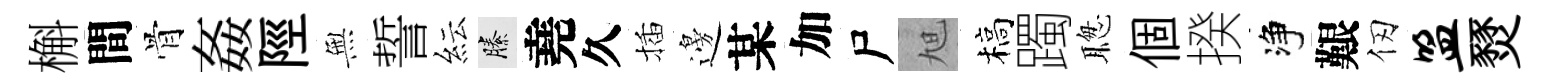
槲間骨姦陘𭴾誓紜縢堯久插邊某加尸旭槁躅聦個揆净艱仞盟燹